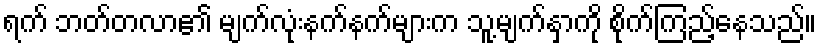
ရက် ဘတ်တလာ၏ မျက်လုံးနက်နက်များက သူ့မျက်နှာကို စိုက်ကြည့်နေသည်။